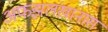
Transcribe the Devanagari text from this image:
अफझलखानास